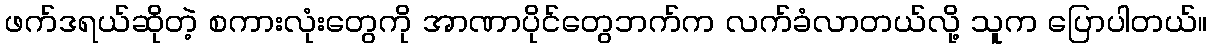
ဖက်ဒရယ်ဆိုတဲ့ စကားလုံးတွေကို အာဏာပိုင်တွေဘက်က လက်ခံလာတယ်လို့ သူက ပြောပါတယ်။